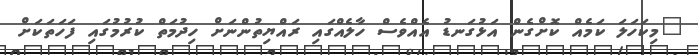
"މިކަހަލަ ކަމެއް ކޮށްގެން އަޅުގަނޑު އެއްވެސް ހާލެއްގައި ރައްޔިތުންނަށް ހިދުމަތް ކުރުމުގައި ފަހަތަކަށް